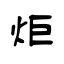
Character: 炬